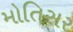
મોતિસર